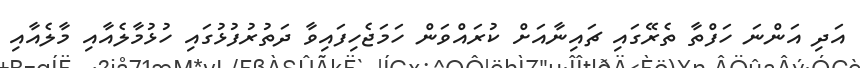
އަދި އަންނަ ހަފްތާ ތެރޭގައި ޗައިނާއަށް ކުރައްވަން ހަމަޖެހިފައިވާ ދަތުރުފުޅުގައި ހުޅުމާލެއާއި މާލެއާއި